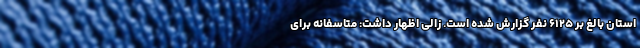
استان بالغ بر ۶۱۲۵ نفر گزارش شده است. زالی اظهار داشت: متاسفانه برای